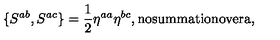
\{ S ^ { a b } , S ^ { a c } \} = \frac { 1 } { 2 } \eta ^ { a a } \eta ^ { b c } , \mathrm { n o s u m m a t i o n o v e r a } ,